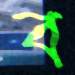
ব